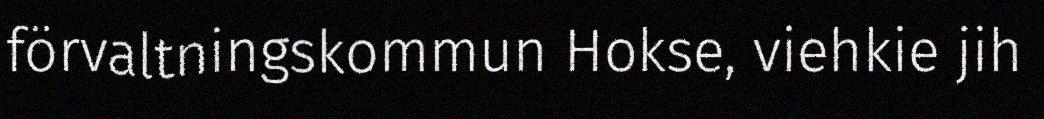
förvaltningskommun Hokse, viehkie jih